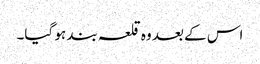
اس کے بعد وہ قلعہ بند ہو گیا۔